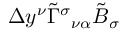
\Delta y ^ { \nu } \tilde { \Gamma } ^ { \sigma } { } _ { \nu \alpha } \tilde { B } _ { \sigma }